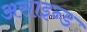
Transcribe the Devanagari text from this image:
असाइन्ड